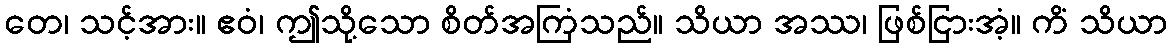
တေ၊ သင့်အား။ ဧဝံ၊ ဤသို့သော စိတ်အကြံသည်။ သိယာ အဿ၊ ဖြစ်ငြားအံ့။ ကိံ သိယာ